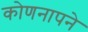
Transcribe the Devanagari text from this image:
कोणनापने